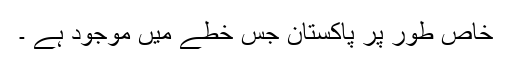
خاص طور پر پاکستان جس خطے میں موجود ہے ۔